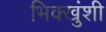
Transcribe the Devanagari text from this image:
भिक्खुंशी